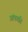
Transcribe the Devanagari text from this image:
आंवगति